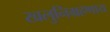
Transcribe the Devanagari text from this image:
खलुनिग्रहणाय